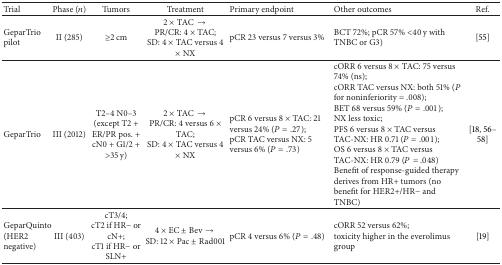
| Trial | Phase (n) | Tumors | Treatment | Primary endpoint | Other outcomes | Ref. |
 | --- | --- | --- | --- | --- | --- | --- |
 | GeparTrio pilot | II (285) | ≥2 cm | 2 × TAC → PR/CR: 4 × TAC; SD: 4 × TAC versus 4 × NX | pCR 23 versus 7 versus 3% | BCT 72%; pCR 57% <40 y with TNBC or G3) | [55] |
 | GeparTrio | III (2012) | T2–4 N0–3(except T2 + ER/PR pos. + cN0 + G1/2 + >35 y) | 2 × TAC → PR/CR: 4 versus 6 × TAC; SD: 4 × TAC versus 4 × NX | pCR 6 versus 8 × TAC: 21 versus 24% (P = .27);pCR TAC versus NX: 5 versus 6% (P = .73) | cORR 6 versus 8 × TAC: 75 versus 74% (ns);cORR TAC versus NX: both 51% (P for noninferiority = .008);BET 68 versus 59% (P = .001);NX less toxic;PFS 6 versus 8 × TAC versus TAC-NX: HR 0.71 (P = .001);OS 6 versus 8 × TAC versus TAC-NX: HR 0.79 (P = .048) Benefit of response-guided therapy derives from HR+ tumors (no benefit for HER2+/HR− and TNBC) | [18, 56–58] |
 | GeparQuinto (HER2 negative) | III (403) | cT3/4;cT2 if HR− or cN+;cT1 if HR− or SLN+ | 4 × EC ± Bev → SD: 12 × Pac ± Rad001 | pCR 4 versus 6% (P = .48) | cORR 52 versus 62%;toxicity higher in the everolimus group | [19] |